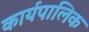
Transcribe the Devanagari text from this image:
कार्यपालिक